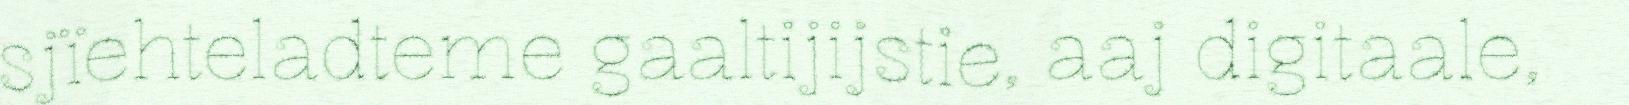
sjïehteladteme gaaltijijstie, aaj digitaale,